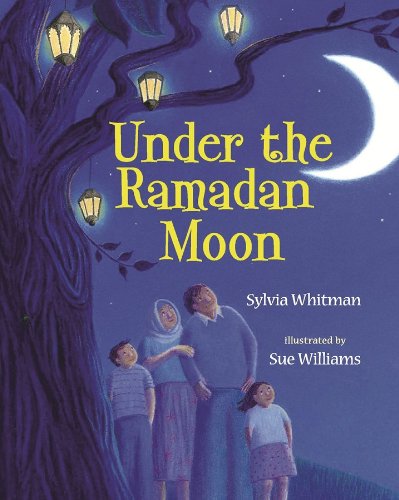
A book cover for Under the Ramadan Moon; Sylvia Whitman; Children's Books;